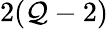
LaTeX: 2(\mathcal{Q}-2)